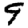
Digit: 9